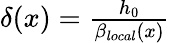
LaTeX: \begin{array}{r}{\delta(x)=\frac{h_{0}}{\beta_{local}(x)}}\end{array}